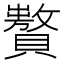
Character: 𧸟